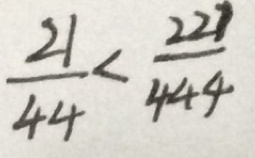
\frac { 2 1 } { 4 4 } < \frac { 2 2 1 } { 4 4 4 }